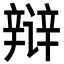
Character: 辩